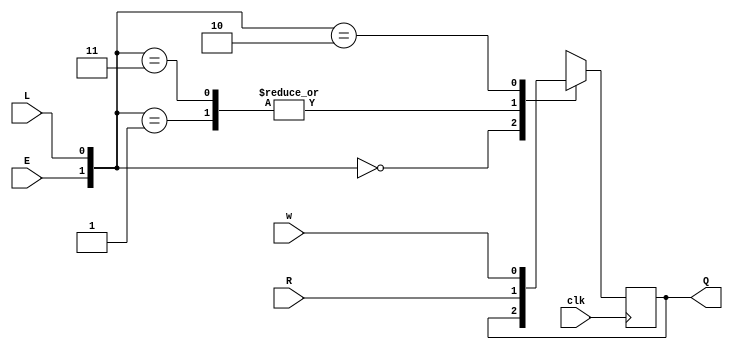
`timescale 1ns / 1ps
//////////////////////////////////////////////////////////////////////////////////
// Company: 
// Engineer: 
// 
// Design Name: 
// Module Name: 2014_q4a2
// Project Name: 
// Target Devices: 
// Tool Versions: 
// Description: 
// 
// Dependencies: 
// 
// Revision:
// Revision 0.01 - File Created
// Additional Comments:
// 
//////////////////////////////////////////////////////////////////////////////////


module m2014_q4a2(
    input clk,
    input w, R, E, L,
    output reg Q
    );
	
	always@(posedge clk) begin
		case({E,L})
			2'b00:Q<=Q;
			2'b01:Q<=R;
			2'b11:Q<=R;
			2'b10:Q<=w;
		endcase
	end
	
	
endmodule